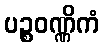
ပဉ္စဝဏ္ဏိကံ